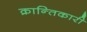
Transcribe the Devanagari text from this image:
क्रान्‍तिकारी